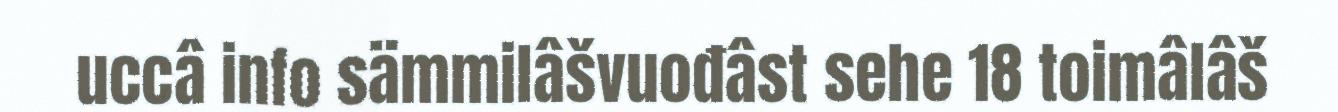
uccâ info sämmilâšvuođâst sehe 18 toimâlâš